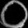
Digit: ၀